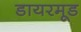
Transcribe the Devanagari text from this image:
डायरमूड